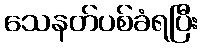
သေနတ်ပစ်ခံရပြီး